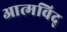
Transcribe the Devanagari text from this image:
आत्मविद्